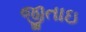
જીતાઇ